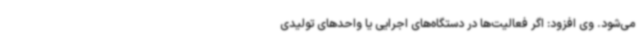
می‌شود. وی افزود: اگر فعالیت‌ها در دستگاه‌های اجرایی یا واحدهای تولیدی